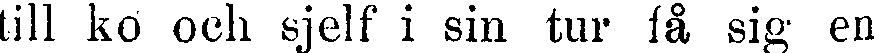
till ko och sjelf i sin tur få sig en